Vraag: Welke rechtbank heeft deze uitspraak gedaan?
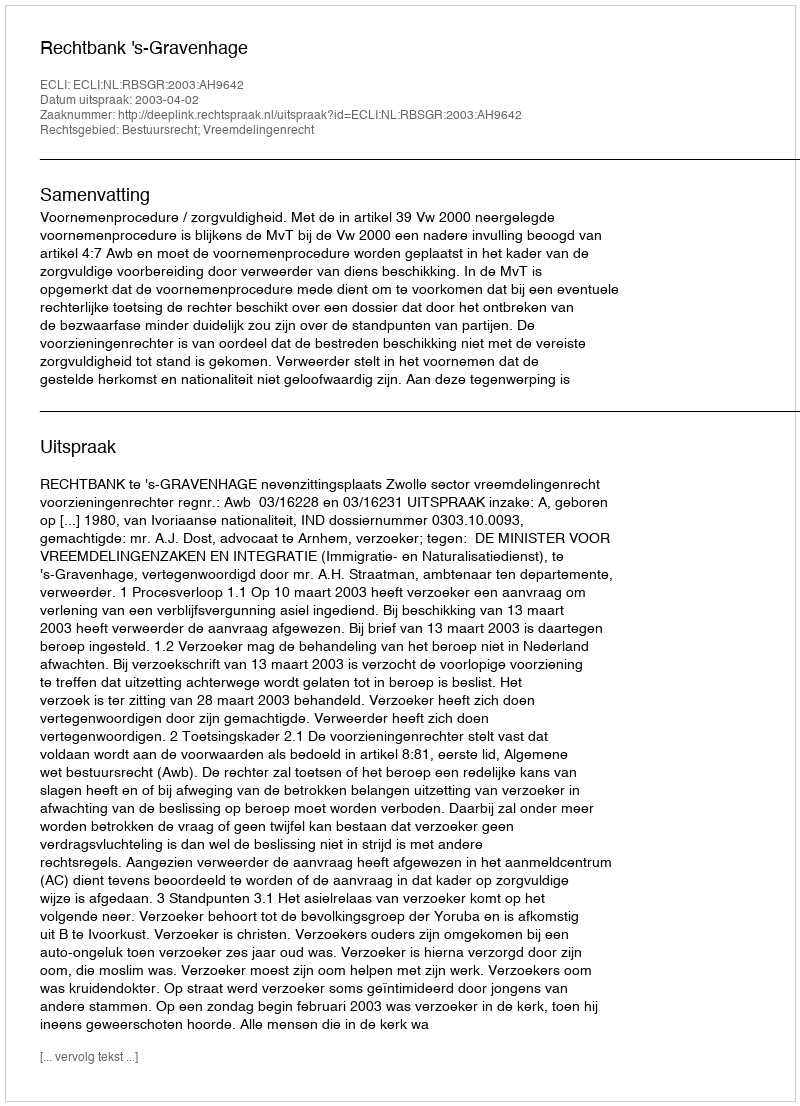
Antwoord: Rechtbank 's-Gravenhage